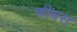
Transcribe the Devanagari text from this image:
फीबस